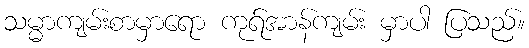
သမ္မာကျမ်းစာမှာရော ကုရ်အာန်ကျမ်း မှာပါ ပြသည်။